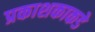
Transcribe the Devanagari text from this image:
प्रकाशकाकडे